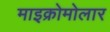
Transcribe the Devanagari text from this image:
माइक्रोमोलार